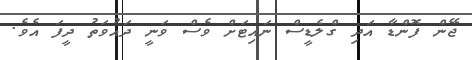
ޖޭން ފޮންޑާ އަދި ގްލެޑީސް ނައިޓަށް ވެސް ވަނީ ދައުވަތު ދީފަ އެވެ.